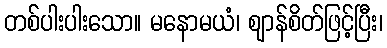
တစ်ပါးပါးသော။ မနောမယံ၊ ဈာန်စိတ်ဖြင့်ပြီး၊